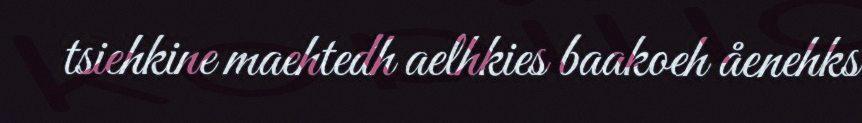
tsiehkine maehtedh aelhkies baakoeh åenehks